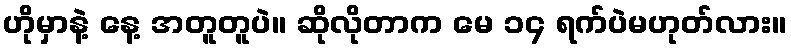
ဟိုမှာနဲ့ နေ့ အတူတူပဲ။ ဆိုလိုတာက မေ ၁၄ ရက်ပဲမဟုတ်လား။